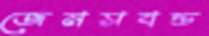
জেমসবন্ড